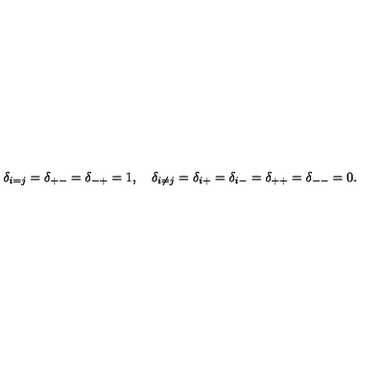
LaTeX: \delta _ { i = j } = \delta _ { + - } = \delta _ { - + } = 1 , \quad \delta _ { i \neq j } = \delta _ { i + } = \delta _ { i - } = \delta _ { + + } = \delta _ { -- } = 0 .